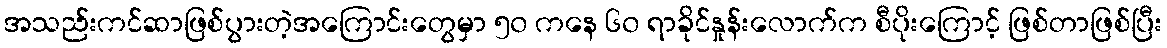
အသည်းကင်ဆာဖြစ်ပွားတဲ့အကြောင်းတွေမှာ ၅၀ ကနေ ၆၀ ရာခိုင်နှုန်းလောက်က စီပိုးကြောင့် ဖြစ်တာဖြစ်ပြီး